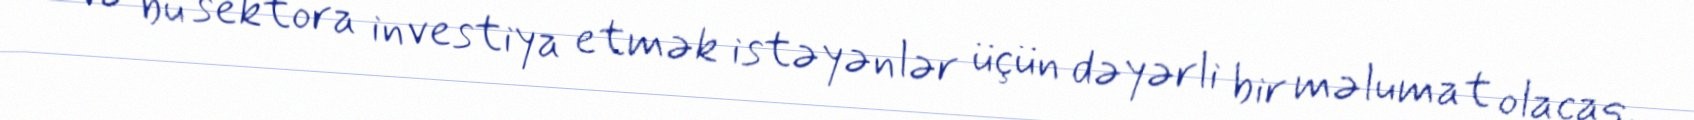
və bu sektora investiya etmək istəyənlər üçün dəyərli bir məlumat olacaq.